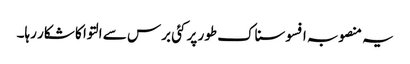
یہ منصوبہ افسوسناک طور پر کئی برس سے التوا کا شکار رہا۔